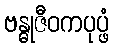
ဗန္ဓုဇီဝကပုပ္ဖံ